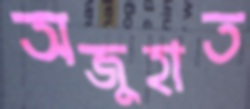
অজুহাত